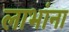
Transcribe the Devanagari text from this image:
लाभांना